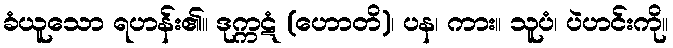
ခံယူသော ရဟန်း၏။ ဒုက္ကဋံ (ဟောတိ)၊ ပန၊ ကား။ သူပံ၊ ပဲဟင်းကို။